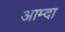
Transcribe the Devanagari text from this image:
आम्दा